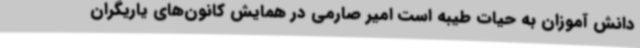
دانش آموزان به حیات طیبه است امیر صارمی در همایش کانون‌های یاریگران